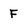
Character: F